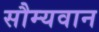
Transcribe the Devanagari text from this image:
सौम्यवान